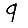
Digit: 9